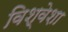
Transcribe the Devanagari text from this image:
विश्वेशा